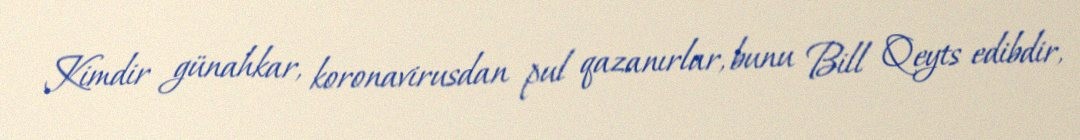
Kimdir günahkar, koronavirusdan pul qazanırlar, bunu Bill Qeyts edibdir,